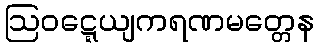
ဩဝဋ္ဋေယျကရဏမတ္တေန